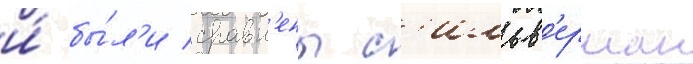
и́ бы́л'и сравн'ены с'ильв'ерман